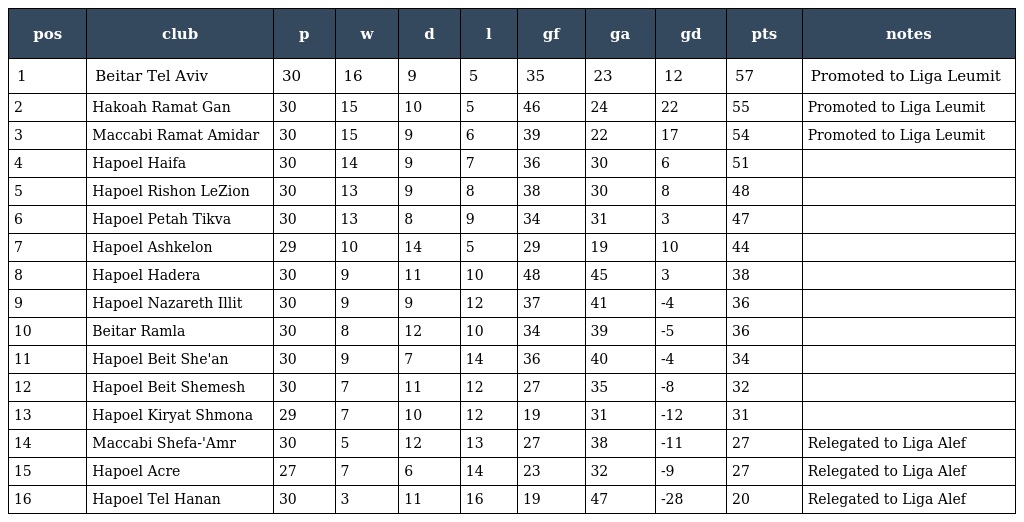
| pos | club | p | w | d | l | gf | ga | gd | pts | notes |
 | --- | --- | --- | --- | --- | --- | --- | --- | --- | --- | --- |
 | 1 | Beitar Tel Aviv | 30 | 16 | 9 | 5 | 35 | 23 | 12 | 57 | Promoted to Liga Leumit |
 | 2 | Hakoah Ramat Gan | 30 | 15 | 10 | 5 | 46 | 24 | 22 | 55 | Promoted to Liga Leumit |
 | 3 | Maccabi Ramat Amidar | 30 | 15 | 9 | 6 | 39 | 22 | 17 | 54 | Promoted to Liga Leumit |
 | 4 | Hapoel Haifa | 30 | 14 | 9 | 7 | 36 | 30 | 6 | 51 |  |
 | 5 | Hapoel Rishon LeZion | 30 | 13 | 9 | 8 | 38 | 30 | 8 | 48 |  |
 | 6 | Hapoel Petah Tikva | 30 | 13 | 8 | 9 | 34 | 31 | 3 | 47 |  |
 | 7 | Hapoel Ashkelon | 29 | 10 | 14 | 5 | 29 | 19 | 10 | 44 |  |
 | 8 | Hapoel Hadera | 30 | 9 | 11 | 10 | 48 | 45 | 3 | 38 |  |
 | 9 | Hapoel Nazareth Illit | 30 | 9 | 9 | 12 | 37 | 41 | -4 | 36 |  |
 | 10 | Beitar Ramla | 30 | 8 | 12 | 10 | 34 | 39 | -5 | 36 |  |
 | 11 | Hapoel Beit She'an | 30 | 9 | 7 | 14 | 36 | 40 | -4 | 34 |  |
 | 12 | Hapoel Beit Shemesh | 30 | 7 | 11 | 12 | 27 | 35 | -8 | 32 |  |
 | 13 | Hapoel Kiryat Shmona | 29 | 7 | 10 | 12 | 19 | 31 | -12 | 31 |  |
 | 14 | Maccabi Shefa-'Amr | 30 | 5 | 12 | 13 | 27 | 38 | -11 | 27 | Relegated to Liga Alef |
 | 15 | Hapoel Acre | 27 | 7 | 6 | 14 | 23 | 32 | -9 | 27 | Relegated to Liga Alef |
 | 16 | Hapoel Tel Hanan | 30 | 3 | 11 | 16 | 19 | 47 | -28 | 20 | Relegated to Liga Alef |